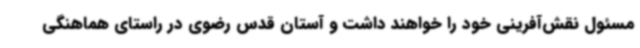
مسئول نقش‌آفرینی خود را خواهند داشت و آستان قدس رضوی در راستای هماهنگی